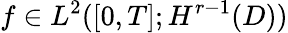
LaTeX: f\in L^{2}([0,T];H^{r-1}(D))